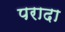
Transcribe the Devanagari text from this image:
परादा